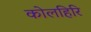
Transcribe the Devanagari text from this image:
कोलहिरि